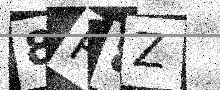
Text: 8P8Z